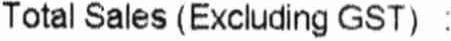
TOTAL SALES (EXCLUDING GST) :